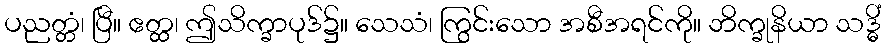
ပညတ္တံ၊ ပြီ။ ဧတ္ထ၊ ဤသိက္ခာပုဒ်၌။ သေသံ၊ ကြွင်းသော အစီအရင်ကို။ ဘိက္ခုနိယာ သဒ္ဓိံ